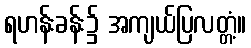
ရဟန်းခန်း၌ အကျယ်ပြလတ္တံ့။